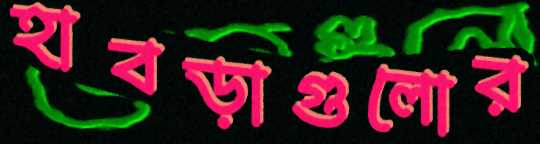
হাবড়াগুলোর